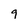
Character: 9